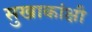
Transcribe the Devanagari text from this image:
सुखाकांक्षी